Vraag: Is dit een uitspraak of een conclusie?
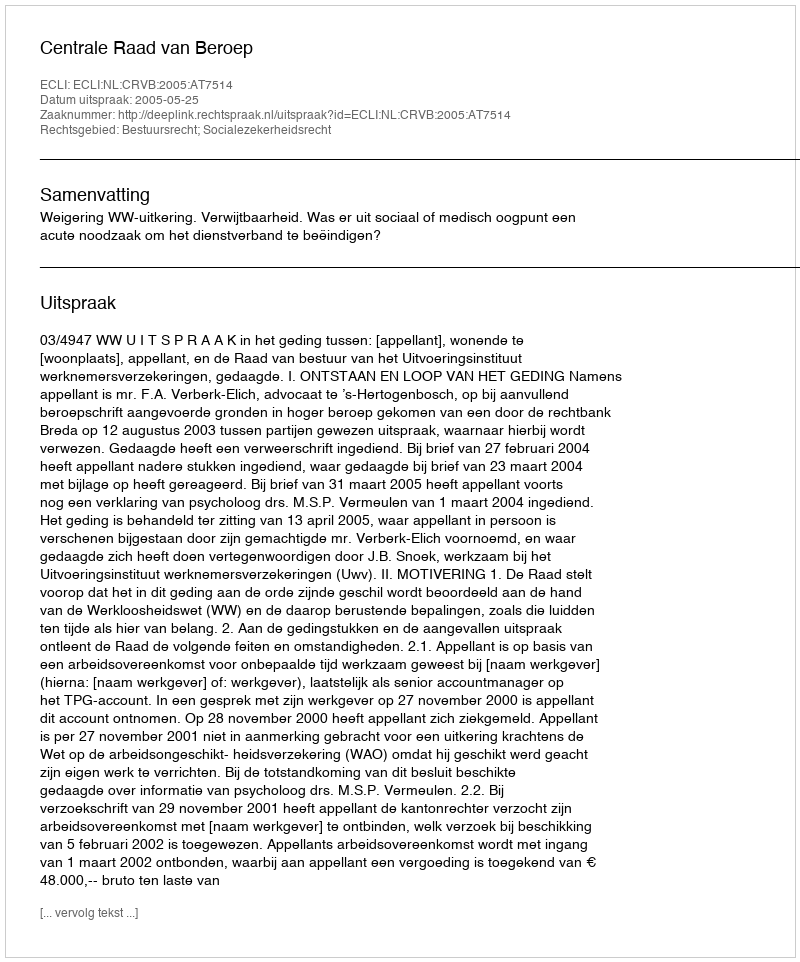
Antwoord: Uitspraak